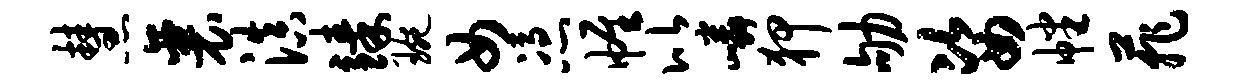
慧襄滇臻琬女凭帷比嶙狎劬姿幡菲